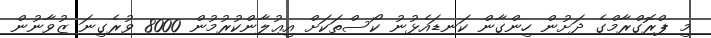
މި ޕްރޮގްރާމްގެ ދަށުން ހިންގާން ކަނޑައެޅުނު ކޯސްތަކަށް އިޢުލާންކުރުމުން 8000 ވުރެގިނަ ޒުވާނުން